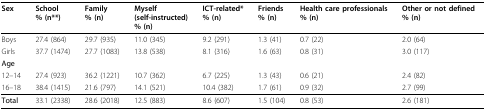
<table><thead><tr><td><b>Sex</b></td><td><b>School% (n**)</b></td><td><b>Family% (n)</b></td><td><b>Myself(self-instructed)% (n)</b></td><td><b>ICT-related*% (n)</b></td><td><b>Friends% (n)</b></td><td><b>Health care professionals% (n)</b></td><td><b>Other or not defined% (n)</b></td></tr></thead><tbody><tr><td>Boys</td><td>27.4 (864)</td><td>29.7 (935)</td><td>11.0 (345)</td><td>9.2 (291)</td><td>1.3 (41)</td><td>0.7 (22)</td><td>2.0 (64)</td></tr><tr><td>Girls</td><td>37.7 (1474)</td><td>27.7 (1083)</td><td>13.8 (538)</td><td>8.1 (316)</td><td>1.6 (63)</td><td>0.8 (31)</td><td>3.0 (117)</td></tr><tr><td><b>Age</b></td><td></td><td></td><td></td><td></td><td></td><td></td><td></td></tr><tr><td>12--14</td><td>27.4 (923)</td><td>36.2 (1221)</td><td>10.7 (362)</td><td>6.7 (225)</td><td>1.3 (43)</td><td>0.6 (21)</td><td>2.4 (82)</td></tr><tr><td>16--18</td><td>38.4 (1415)</td><td>21.6 (797)</td><td>14.1 (521)</td><td>10.4 (382)</td><td>1.7 (61)</td><td>0.9 (32)</td><td>2.7 (99)</td></tr><tr><td><b>Total</b></td><td>33.1 (2338)</td><td>28.6 (2018)</td><td>12.5 (883)</td><td>8.6 (607)</td><td>1.5 (104)</td><td>0.8 (53)</td><td>2.6 (181)</td></tr></tbody></table>